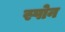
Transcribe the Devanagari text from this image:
स्पोन